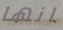
انها